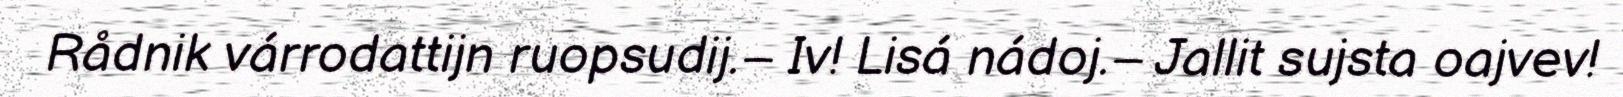
Rådnik várrodattijn ruopsudij.– Iv! Lisá nádoj.– Jallit sujsta oajvev!